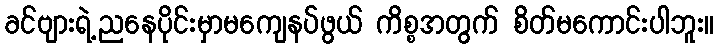
ခင်ဗျားရဲ့ညနေပိုင်းမှာမကျေနပ်ဖွယ် ကိစ္စအတွက် စိတ်မကောင်းပါဘူး။